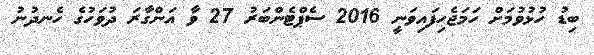
ބިޑު ހުޅުވުމަށް ހަމަޖެހިފައިވަނީ 2016 ސެޕްޓެންބަރު 27 ވާ އަންގާރަ ދުވަހުގެ ހެނދުނު